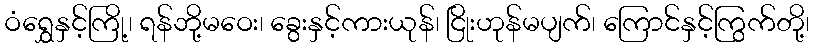
ဝံရွှေနှင့်ကြို့၊ ရန်ဘို့မဝေး၊ ခွေးနှင့်ကားယုန်၊ ငြိုးဟုန်မပျက်၊ ကြောင်နှင့်ကြွက်တို့၊